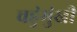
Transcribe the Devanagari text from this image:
चहुंमुंखी